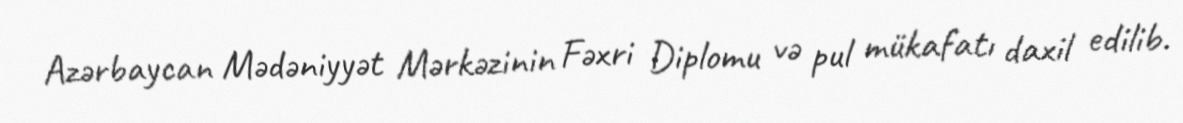
Azərbaycan Mədəniyyət Mərkəzinin Fəxri Diplomu və pul mükafatı daxil edilib.